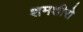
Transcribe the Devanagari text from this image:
शमशीरो